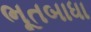
ભૂતબાધા